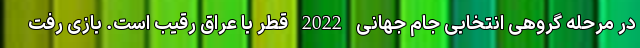
در مرحله گروهی انتخابی جام جهانی 2022 قطر با عراق رقیب است. بازی رفت